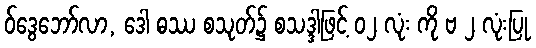
ဝ်ဒွေဘော်လာ, ဒေါ ဓဿ စသုတ်၌ စသဒ္ဒါဖြင့် ၀၂ လုံး ကို ဗ ၂ လုံးပြု